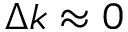
\Delta k \approx 0